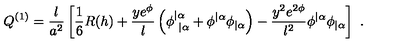
Q ^ { ( 1 ) } = { \frac { l } { a ^ { 2 } } } \left[ { \frac { 1 } { 6 } } R ( h ) + { \frac { y e ^ { \phi } } { l } } \left( \phi _ { \ | \alpha } ^ { | \alpha } + \phi ^ { | \alpha } \phi _ { | \alpha } \right) - { \frac { y ^ { 2 } e ^ { 2 \phi } } { l ^ { 2 } } } \phi ^ { | \alpha } \phi _ { | \alpha } \right] \ .